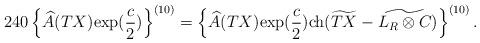
LaTeX: \begin{align*}&240\left\{\widehat{A}(TX){\rm exp}(\frac{c}{2})\right\}^{(10)}=\left\{\widehat{A}(TX){\rm exp}(\frac{c}{2}){\rm ch}(\widetilde{TX}-\widetilde{L_R\otimes C})\right\}^{(10)}.\end{align*}